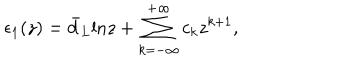
\epsilon _ { 1 } ( z ) = \bar { d } _ { L } \mathrm { l n } z + \sum _ { k = - \infty } ^ { + \infty } c _ { k } z ^ { k + 1 } ,